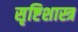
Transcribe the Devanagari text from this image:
सृष्टिशास्त्र